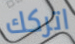
اتركك